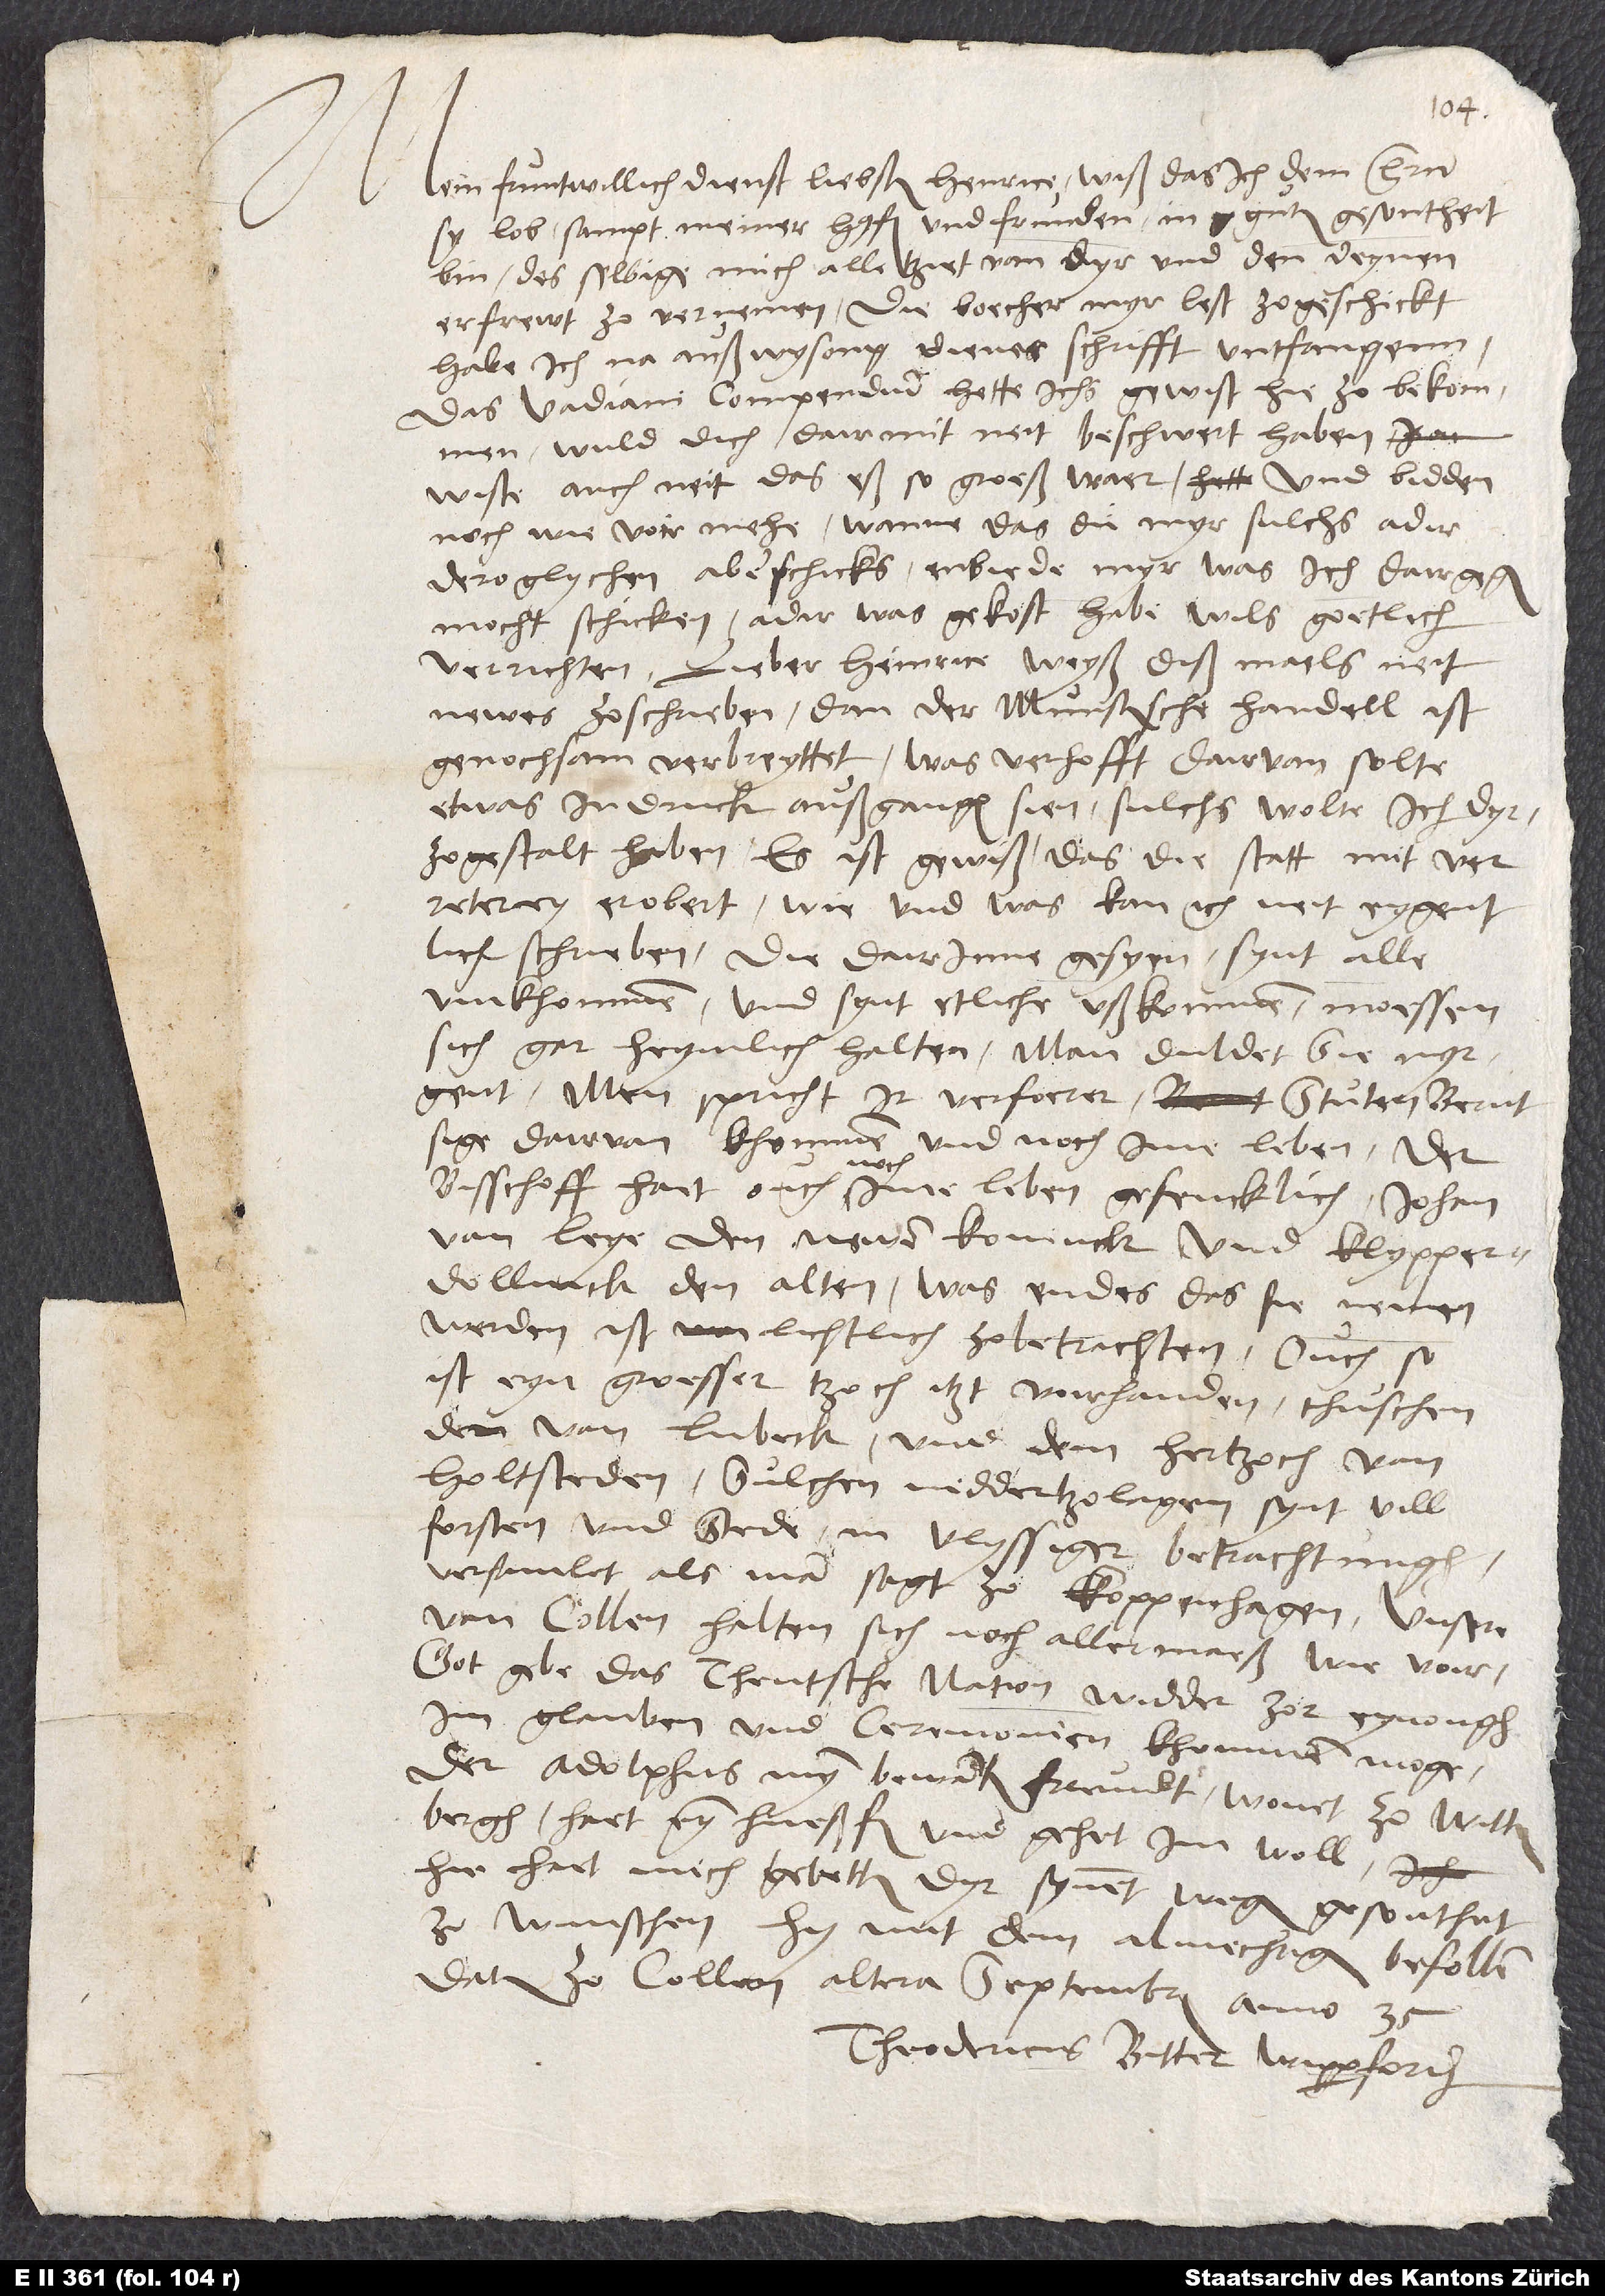
Mein fruntwillich dienst, liebster Henrice. Wiß, das ich, dem herrn
sy lob, sampt meiner husf und frunden in guter gesontheit
bin. Des selbige mich alle tziet van dyr und den deynen
erfrewt zo vernemen. Die boecher, myr lest zogeschickt,
habe ich na außwysong diener schrifft untfangenn.
Das Vadiani Compendium, hette ichs gewist hie zo bekommen,
wuld dich dairmit neit beschwert haben,
wiste auch neit, das eß so groeß waer, und bidden
noch wie voir mehe: Wanne das du myr sulchs adir
deroglychen aberschicks, enbiede myr, was ich dairgegen
mocht schicken, adir was gekost habe; wils goetlich
verrichten. Lieber Heinrice, weyß diß maels neit
newes zo schrieben, dan der Munstersche handell ist
genochsam verbreyttet. Was verhofft, dairvan solte
etwas in druck außgangen sien, sulchs wollte ich dyr
zogestalt haben. Es ist gewiß, das die statt mit verreterey
schrieben. Die dair inne gesyen, synt alle
umkhommen, und synt etliche ußkommen, moessen
sich gar heymlich halten. Man duldet sie nyrgent.
Men spricht, ir verfoerer, Stuten Bernt,
sige dairvan khommen und noch ime leben. Der
bisschoff hait ouch noch ime leben gefencklich Johan
van Leye. den newen koninck, und Klypperdollinck
werden, ist lichtlich zo betrachten. Ouch so
ist eyn groesser tzoch itzt voirhanden thuschen
den van Lubeck und dem hertzoch van
Holtsteden. Sulchen niddertzolagen synt vill
forsten und stede in vlyssiger betrachtungh
versamlet, als man sagt, zo Koppenhagen. Unsere
van Cohen halten sich noch allermaeß wie voir.
Got gebe, das theutsche nation widder zor eynongh
im glauben und ceremonien khommen moge.
Der Adolphus, myn bewanter freundt, wonet zo
haet eyn hueßf und gehet im wohl,
hie hait mich gebetten, dyr synent wegen gesontheit
zo wunschen. Hy mit dem almechtigen befohlen.
Datum zo Cohen, altera septembris anno 35.
Theodericus Bitter Wipperfordensis.